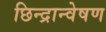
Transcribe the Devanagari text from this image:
छिन्द्रान्वेषण